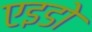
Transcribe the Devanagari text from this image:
एइडो